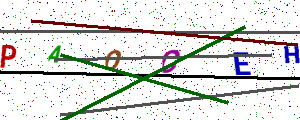
Text: PAOCEH